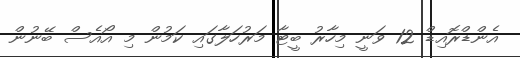
އެންޑްރޮއިޑް 12 ވަނީ މިހާރު ބީޓާ މަރުހަލާގައި ކަމުން މި އޯއެސް ބޭނުން